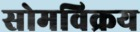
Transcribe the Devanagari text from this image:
सोमविक्रय